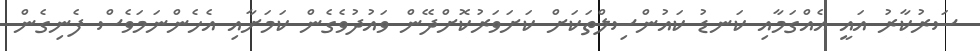
ސަރުކާރު އައީ އެއްގަމާއި ކަނޑު ކައުންސިލްތަކަށް ކަށަވަރުކޮށްދޭން ވައުދުވެގެން ކަމަށާއި އެހެންނަމަވެސް ފެނިގެން